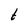
Character: t